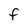
Character: f